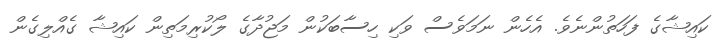
ކައިޝާގެ ފަހަތުންނެވެ. އެހެން ނަމަވެސް ވަކި ހިސާބަކުން މަޖުދާގެ ލޯކުރިމަތިން ކައިޝާ ގެއްލިގެން